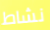
نشاط